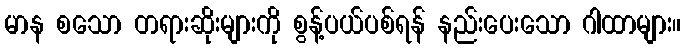
မာန စသော တရားဆိုးများကို စွန့်ပယ်ပစ်ရန် နည်းပေးသော ဂါထာများ။